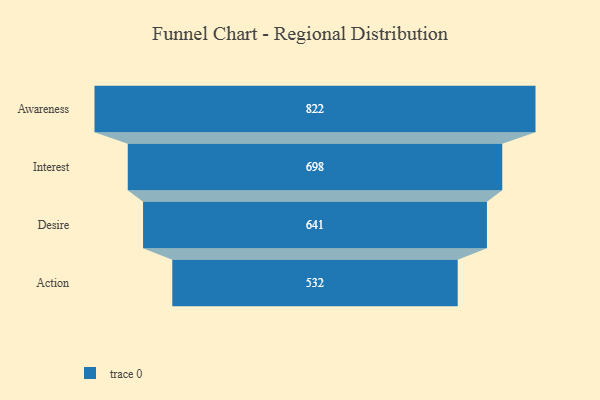
{"axis": {"x": "Stage", "y": "Value"}, "legend": [""], "data": [{"x": "Awareness", "y": 822.0, "type": ""}, {"x": "Interest", "y": 698.0, "type": ""}, {"x": "Desire", "y": 641.0, "type": ""}, {"x": "Action", "y": 532.0, "type": ""}]}